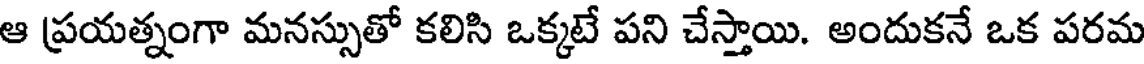
ఆ ప్రయత్నంగా మనస్సుతో కలిసి ఒక్కటే పని చేస్తాయి. అందుకనే ఒక పరమ